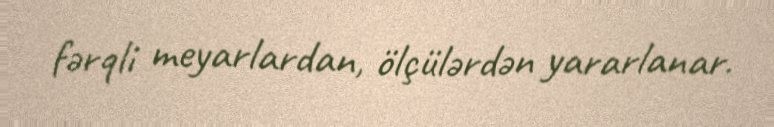
fərqli meyarlardan, ölçülərdən yararlanar.